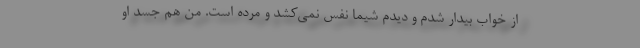
از خواب بیدار شدم و دیدم شیما نفس نمی‌کشد و مرده است. من هم جسد او